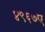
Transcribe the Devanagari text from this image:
४९६७ए